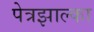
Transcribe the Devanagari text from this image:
पेत्रझाल्का